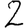
Digit: 2